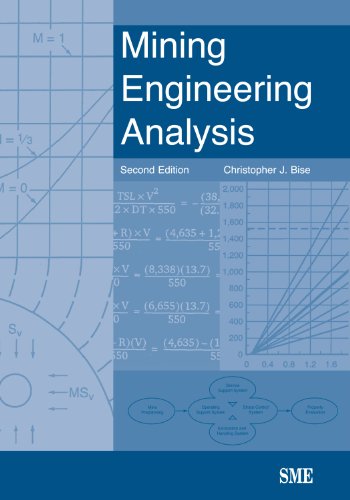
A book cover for Mining Engineering Analysis, Second Edition; Christopher J. Bise; Science & Math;